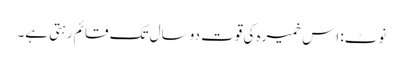
نوٹ: اِس خمیرہ کی قوت دو سال تک قائم رہتی ہے۔